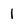
Character: 1